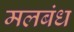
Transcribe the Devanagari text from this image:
मलबंध